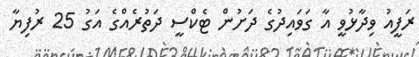
ރަފީއު ވިދާޅުވީ އާ ގަވައިދުގެ ދަށުން ޓެކްސީ ދަތުރެއްގެ އަގު 25 ރުފިޔާ